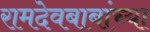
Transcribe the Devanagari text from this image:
रामदेवबाबांच्या